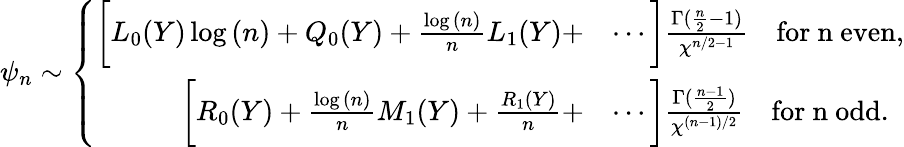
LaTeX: \psi_{n}\sim\left\{ \begin{array}{rl}{\bigg[L_{0}(Y)\log{(n)}+Q_{0}(Y)+\frac{\log{(n)}}{n}L_{1}(Y)+}&{\cdots\bigg]\frac{\Gamma(\frac{n}{2}-1)}{\chi^{n/2-1}}\quad\mathrm{for~n~even},}\\ {\bigg[R_{0}(Y)+\frac{\log{(n)}}{n}M_{1}(Y)+\frac{R_{1}(Y)}{n}+}&{\cdots\bigg]\frac{\Gamma(\frac{n-1}{2})}{\chi^{(n-1)/2}}\quad\mathrm{for~n~odd}.}\end{array}\right.